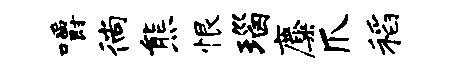
嚼徜熊恨瑙麋爪稻